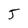
Character: j